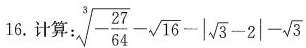
16.计算：$$ \sqrt [ 3 ] { - \frac { 2 7 } { 6 4 } } - \sqrt { 1 6 } - \left | \sqrt { 3 } - 2 \right | - \sqrt { 3 }$$